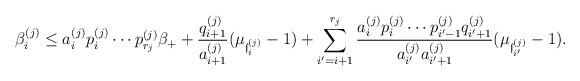
LaTeX: \begin{align*}\beta^{(j)}_{i} \leq a^{(j)}_{i}p^{(j)}_{i}\cdots p^{(j)}_{r_j}\beta_{+} + \frac{q^{(j)}_{i+1}}{a^{(j)}_{i+1}}(\mu_{\mathfrak{f}^{(j)}_i}-1)+\sum_{i'=i+1}^{r_j}\frac{a^{(j)}_{i}p^{(j)}_{i}\cdots p^{(j)}_{i'-1}q^{(j)}_{i'+1}}{a^{(j)}_{i'}a^{(j)}_{i'+1}}(\mu_{\mathfrak{f}^{(j)}_{i'}}-1).\end{align*}